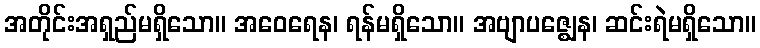
အတိုင်းအရှည်မရှိသော။ အဝေရေန၊ ရန်မရှိသော။ အဗျာပဇ္ဈေန၊ ဆင်းရဲမရှိသော။